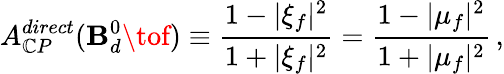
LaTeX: A_{\mathbb{C}P}^{direct}(\mathbf{B}_{d}^{0}\tof)\equiv\frac{{1-|\xi_{f}|^{2}}}{{1+|\xi_{f}|^{2}}}=\frac{{1-|\mu_{f}|^{2}}}{{1+|\mu_{f}|^{2}}}\, ,